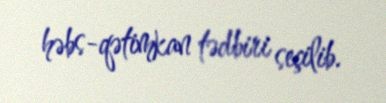
həbs-qətimkan tədbiri seçilib.